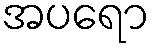
အပရော